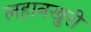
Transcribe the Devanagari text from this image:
लहानखुरी